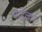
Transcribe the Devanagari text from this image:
महिल्लाएं